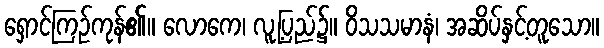
ရှောင်ကြဉ်ကုန်၏။ လောကေ၊ လူ့ပြည်၌။ ဝိသသမာနံ၊ အဆိပ်နှင့်တူသော။